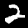
Digit: 2